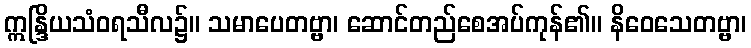
ဣန္ဒြိယသံဝရသီလ၌။ သမာပေတဗ္ဗာ၊ ဆောင်တည်စေအပ်ကုန်၏။ နိဝေသေတဗ္ဗာ၊